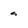
Character: s